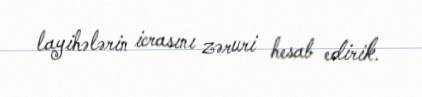
layihələrin icrasını zəruri hesab edirik.